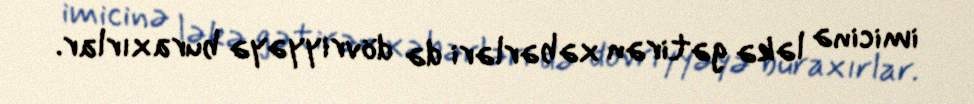
imicinə ləkə gətirən xəbərləri də dövriyyəyə buraxırlar.